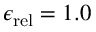
{ \epsilon _ { \mathrm { r e l } } } = 1 . 0